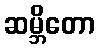
ဆမ္ဘိတော